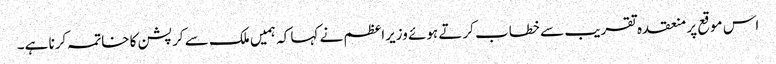
اس موقع پر منعقدہ تقریب سے خطاب کرتے ہوئے وزیراعظم نے کہا کہ ہمیں ملک سے کرپشن کا خاتمہ کرنا ہے۔